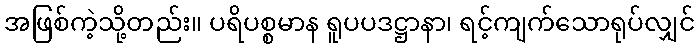
အဖြစ်ကဲ့သို့တည်း။ ပရိပစ္စမာန ရူပပဒဋ္ဌာနာ၊ ရင့်ကျက်သောရုပ်လျှင်